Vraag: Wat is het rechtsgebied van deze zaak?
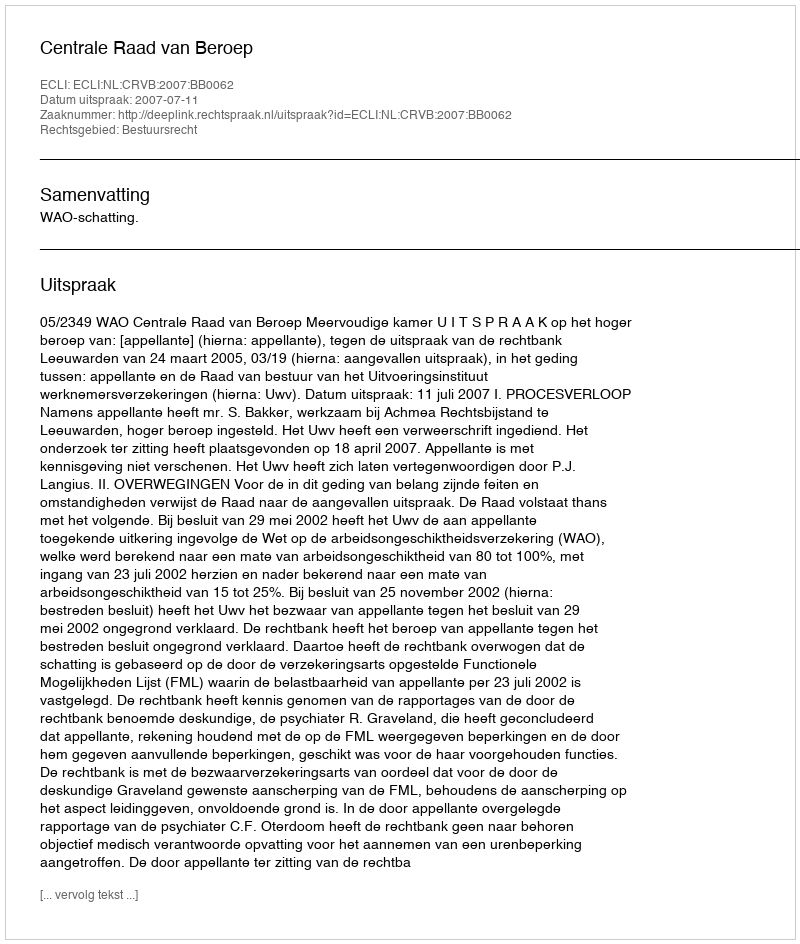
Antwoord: Bestuursrecht